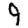
Digit: 9